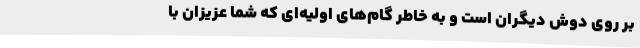
بر روی دوش دیگران است و به خاطر گام‌های اولیه‌ای که شما عزیزان با